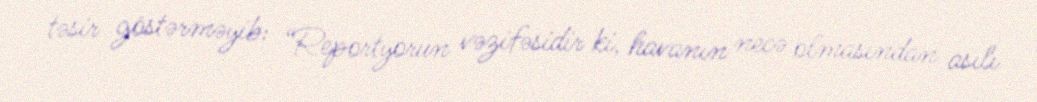
təsir göstərməyib: “Reportyorun vəzifəsidir ki, havanın necə olmasından asılı